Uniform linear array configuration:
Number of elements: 32
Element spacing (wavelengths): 1
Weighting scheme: exponential
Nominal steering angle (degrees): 45
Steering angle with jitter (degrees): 43.215
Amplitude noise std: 0.05
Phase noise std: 0.05

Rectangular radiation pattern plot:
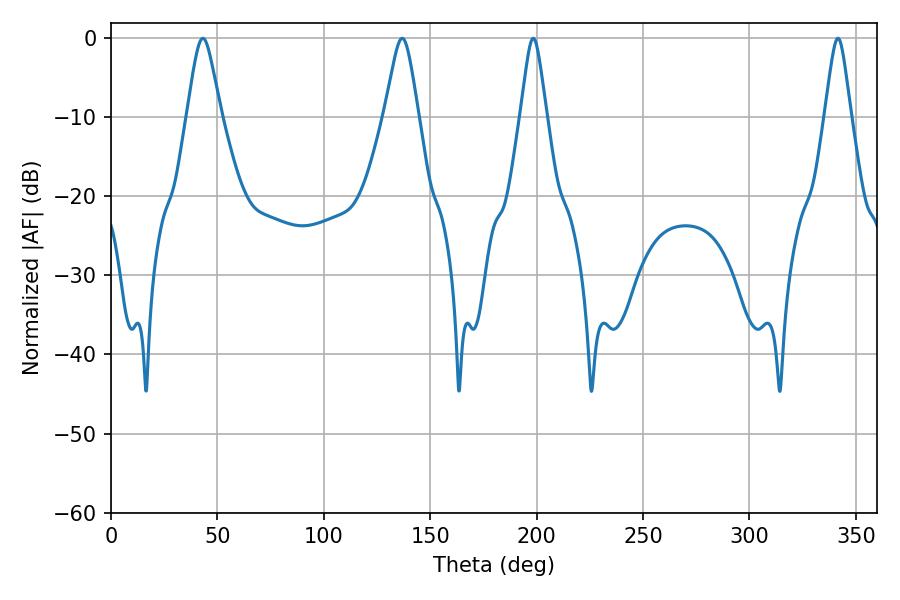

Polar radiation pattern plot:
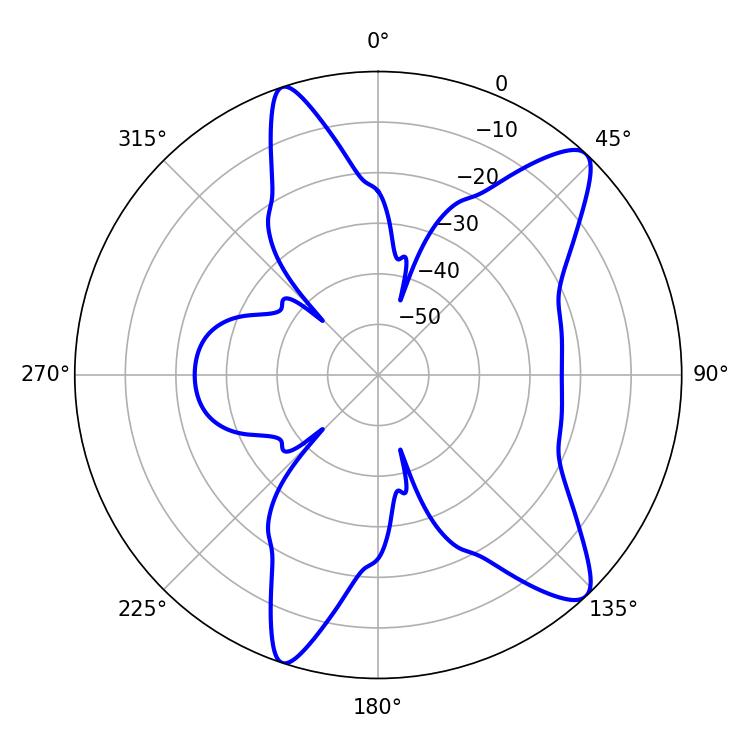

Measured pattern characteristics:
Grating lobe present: TRUE
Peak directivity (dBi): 11.295
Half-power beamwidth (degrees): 7.74
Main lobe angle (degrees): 136.8